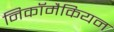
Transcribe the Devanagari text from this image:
निकॉमैकियन